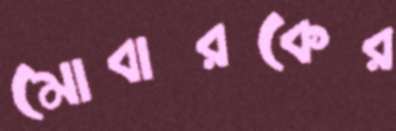
মোবারকের